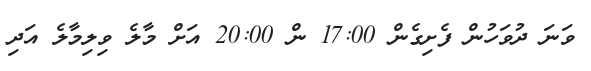
ވަނަ ދުވަހުން ފެށިގެން 17:00 ން 20:00 އަށް މާލެ ވިލިމާލެ އަދި